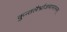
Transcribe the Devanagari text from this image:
कुन्तलैर्भ्राजमानाननम्